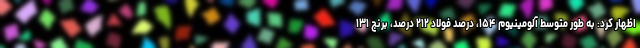
اظهار کرد: به طور متوسط آلومینیوم ۱۵۴، درصد فولاد ۲۱۲ درصد، برنج ۱۳۱